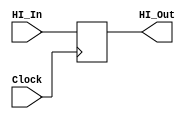
module HI_Register(Clock, HI_In, HI_Out);
input [31:0] HI_In;
input Clock;
reg [31:0]HI;
output [31:0] HI_Out;

always @(posedge Clock)
    begin
        HI <= HI_In; 
    end 
assign HI_Out = HI;
endmodule